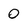
Character: 0